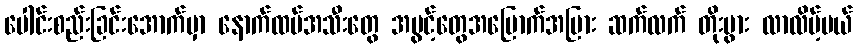
ပေါင်းစည်းခြင်းအောက်မှာ နောက်ထပ်အသီးတွေ အပွင့်တွေအမြောက်အမြား ဆက်လက် တိုးပွား လာလိမ့်မယ်